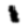
Digit: 1